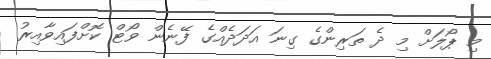
މި ޕޯލަށް މި ދެ ތަރިންގެ ގިނަ އަދަދެއްގެ ފޭނެން ވޯޓް ކޮށްފައިވާއިރު